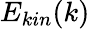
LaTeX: E_{kin}(k)